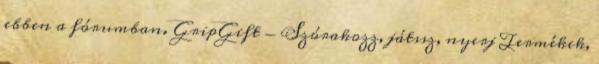
ebben a fórumban. GripGift - Szórakozz, játssz, nyerj Termékek,